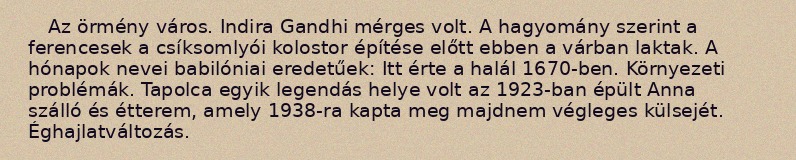
Az örmény város. Indira Gandhi mérges volt. A hagyomány szerint a ferencesek a csíksomlyói kolostor építése előtt ebben a várban laktak. A hónapok nevei babilóniai eredetűek: Itt érte a halál 1670-ben. Környezeti problémák. Tapolca egyik legendás helye volt az 1923-ban épült Anna szálló és étterem, amely 1938-ra kapta meg majdnem végleges külsejét. Éghajlatváltozás.